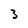
Character: 3